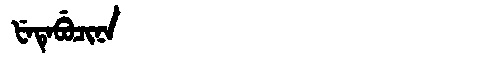
Manchu: ᡶᡝᡨᡝᠪᡠᠴᡳᠨᠠ
Romanization: FETEBUCINA